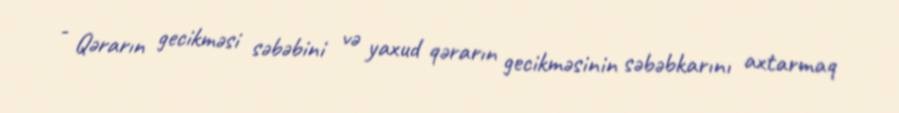
- Qərarın gecikməsi səbəbini və yaxud qərarın gecikməsinin səbəbkarını axtarmaq